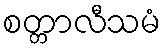
စတ္တာလီသမံ